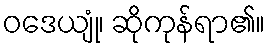
ဝဒေယျုံ၊ ဆိုကုန်ရာ၏။